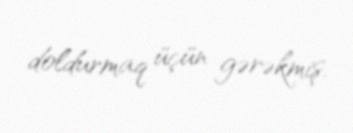
doldurmaq üçün gərəkmiş.